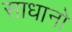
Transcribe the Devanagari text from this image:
साधानो